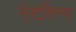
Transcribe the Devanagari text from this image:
नेटबिन्स